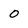
Character: O